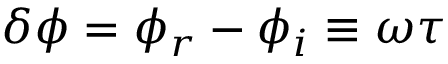
\delta \phi = \phi _ { r } - \phi _ { i } \equiv \omega \tau